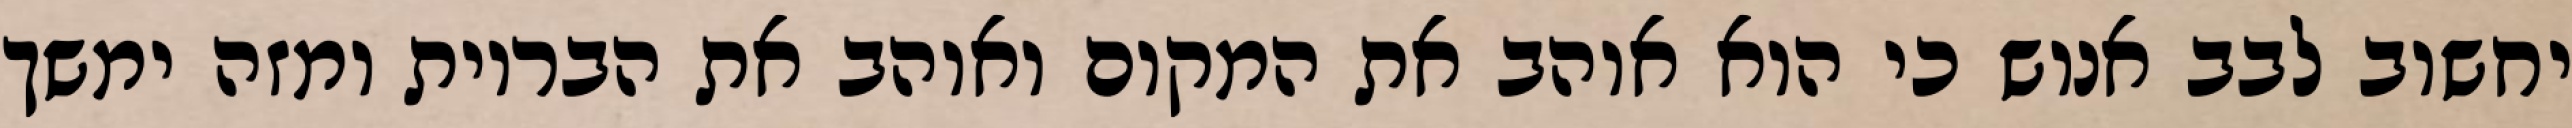
יחשוב לבב אנוש כי הוא אוהב את המקום ואוהב את הבריות ומזה ימשך